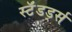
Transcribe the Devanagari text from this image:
स्टॅंडर्ड्स